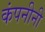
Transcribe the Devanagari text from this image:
कंपनीनी